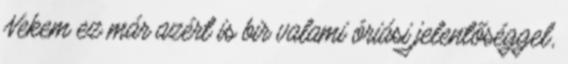
Nekem ez már azért is bir valami óriási jelentőséggel,